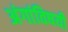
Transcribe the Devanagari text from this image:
अंगांविषयी